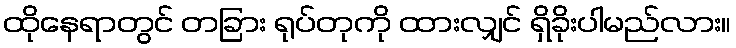
ထိုနေရာတွင် တခြား ရုပ်တုကို ထားလျှင် ရှိခိုးပါမည်လား။